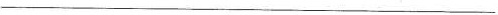
___